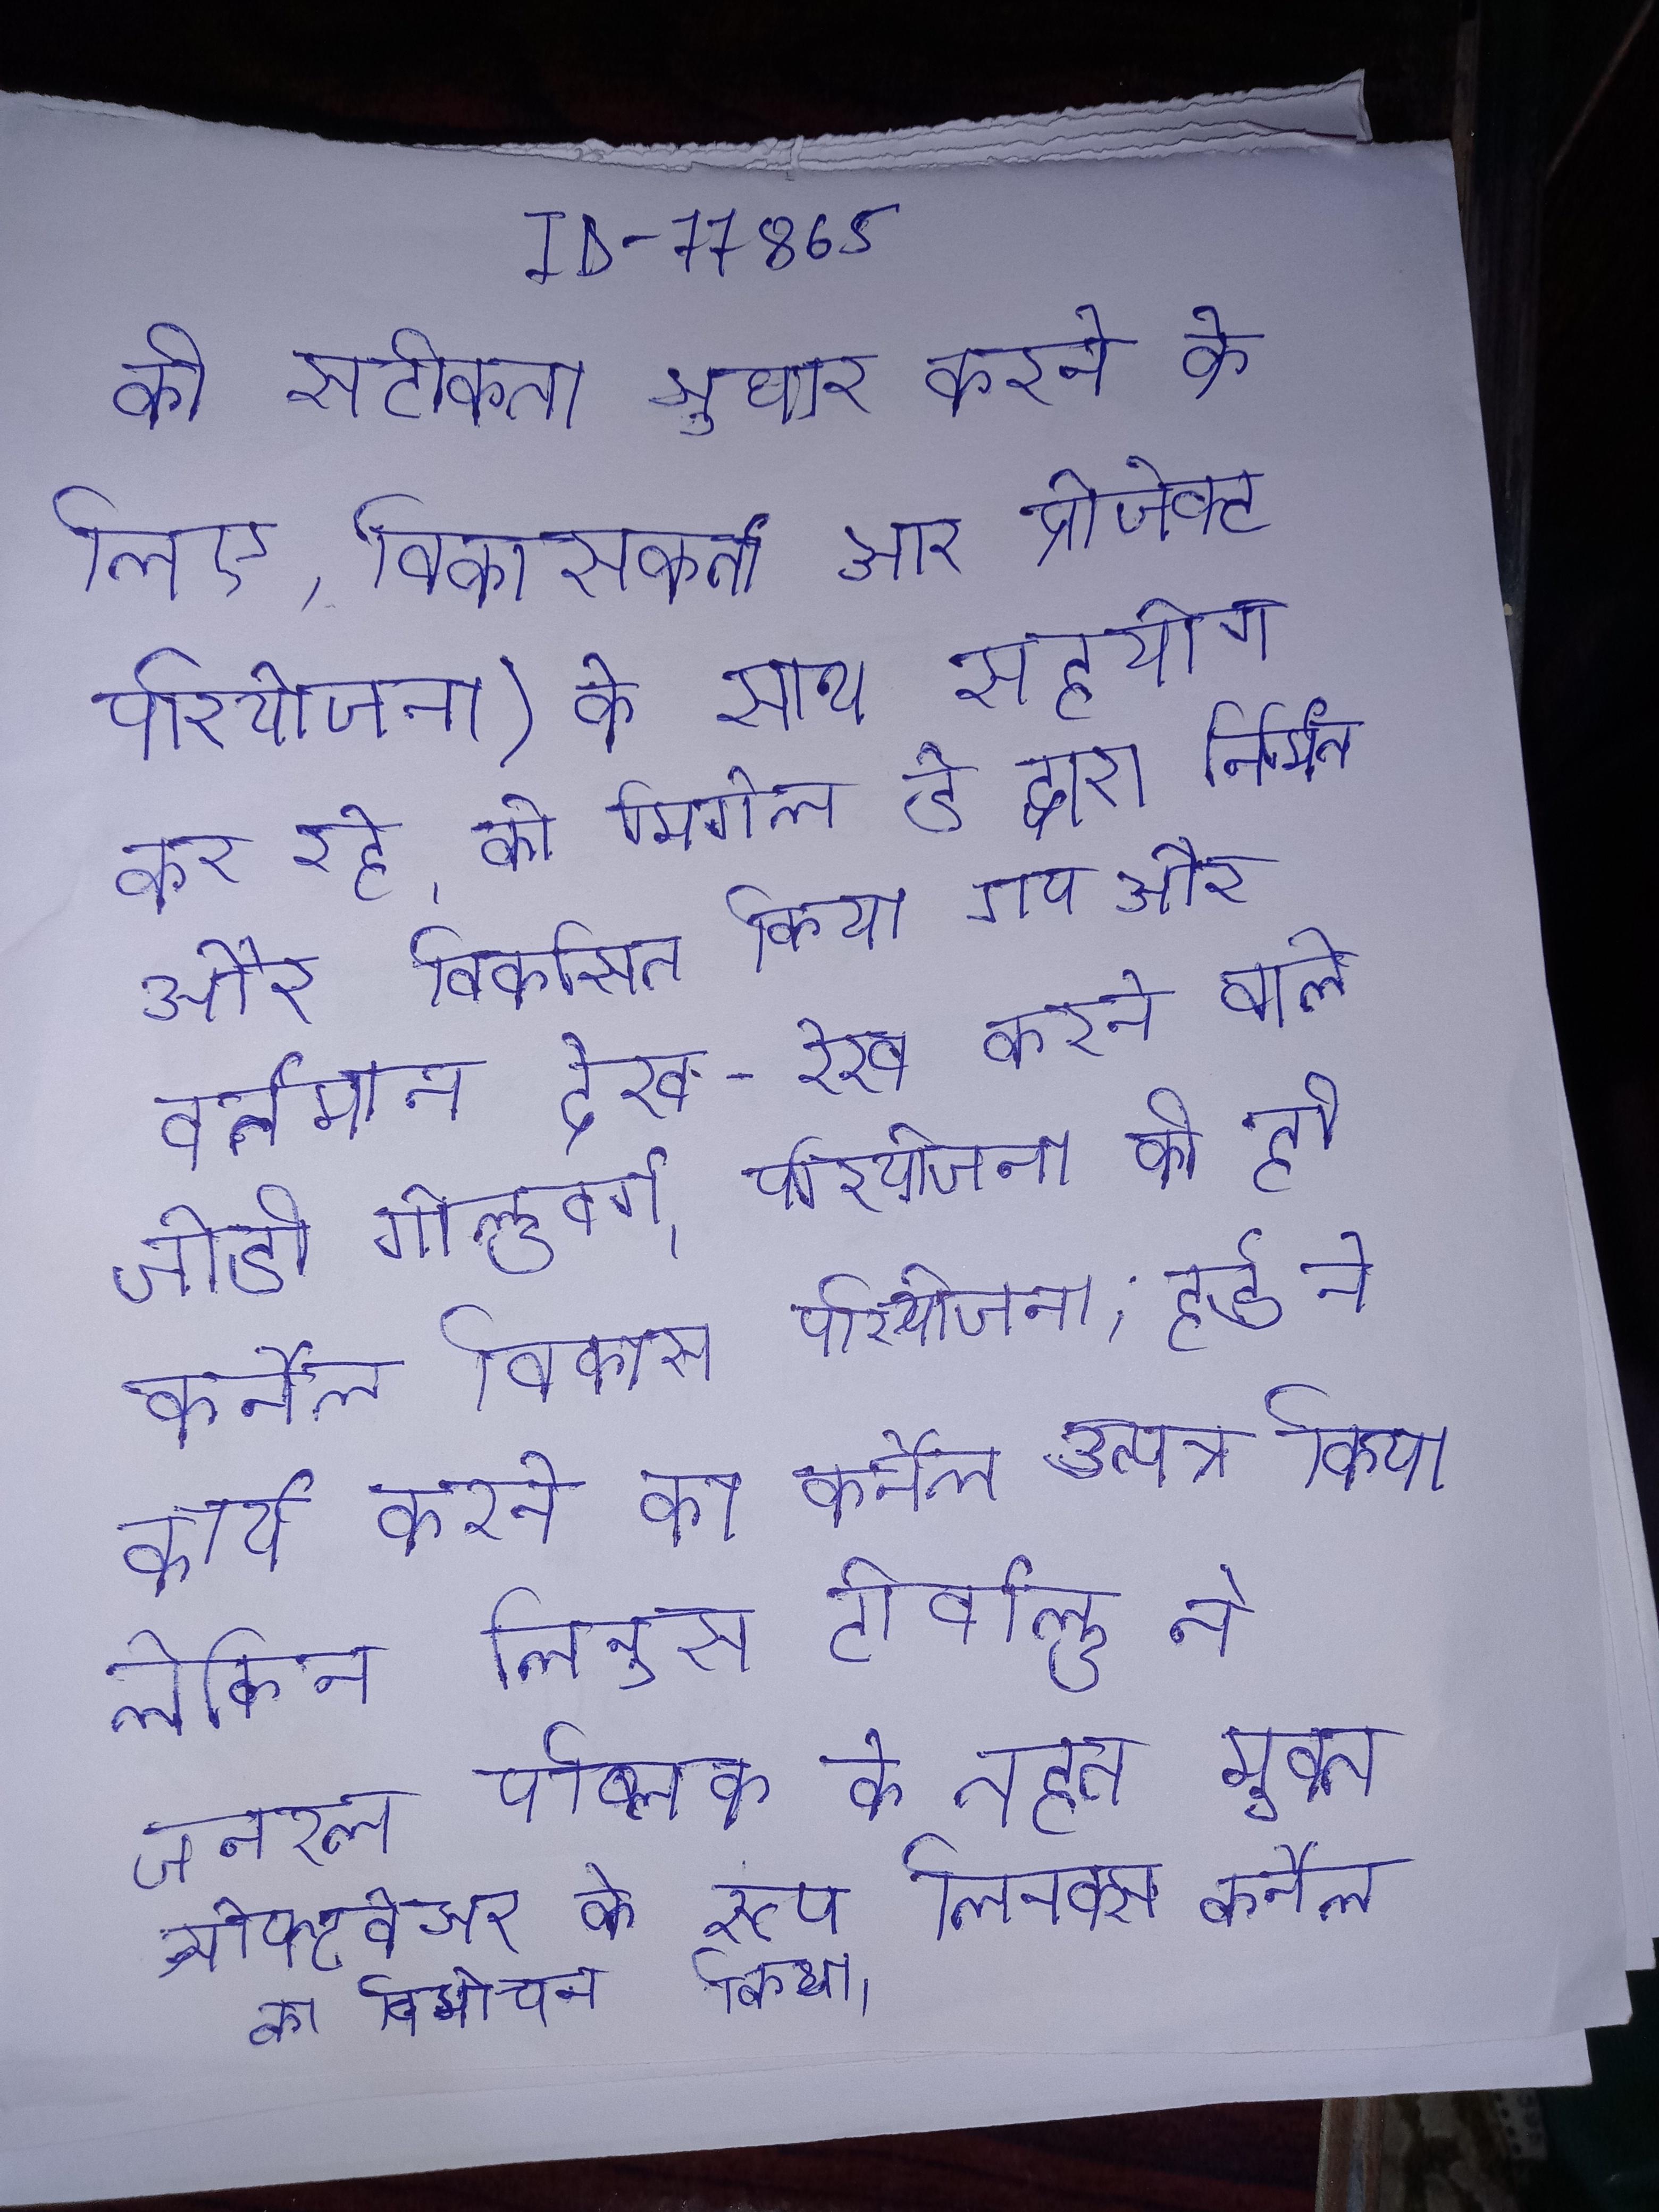
की सटीकता सुधार करने के लिए, विकासकर्ता, आर प्रोजेक्ट परियोजना) के साथ सहयोग कर रहे । को मिगेल डे द्वारा निर्मित और विकसित किया गया और वर्तमान देख-रेख करने वाले जोडी गोल्डवर्ग । परियोजना की ही कर्नेल विकास परियोजना, हर्ड ने कार्य करने का कर्नेल उत्पन्न किया लेकिन लिनुस टोर्वाल्ड ने जनरल पब्लिक के तहत मुक्त सोफ्टवेअर के रूप लिनक्स कर्नेल का विमोचन किया ।